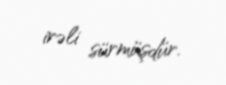
irəli sürmüşdür.